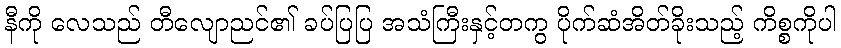
နီကို လေသည် တီလျောညင်၏ ခပ်ပြပြ အသံကြီးနှင့်တကွ ပိုက်ဆံအိတ်ခိုးသည့် ကိစ္စကိုပါ